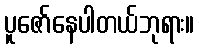
ပူဇော်နေပါတယ်ဘုရား။